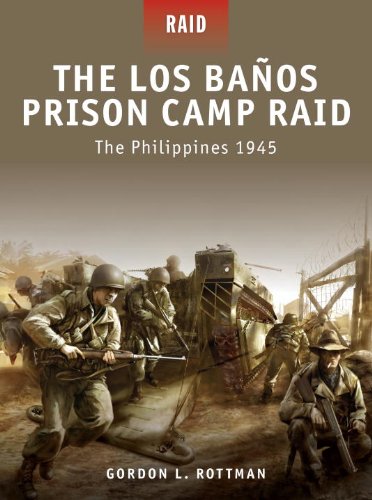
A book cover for The Los Banos Prison Camp Raid - The Philippines 1945; Gordon Rottman; History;